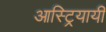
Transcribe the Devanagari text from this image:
आस्ट्रियायी